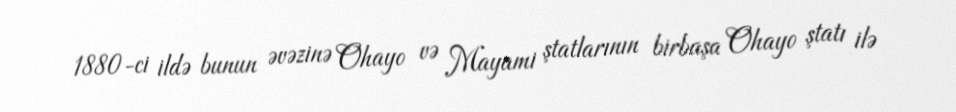
1880-ci ildə bunun əvəzinə Ohayo və Mayami ştatlarının birbaşa Ohayo ştatı ilə